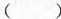
（）